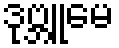
ဒုဗ္ဘူမေ